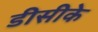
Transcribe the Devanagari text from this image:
डीसीके